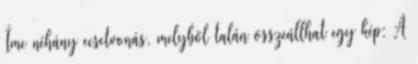
Íme néhány ecsetvonás, melyből talán összeállhat egy kép: A